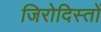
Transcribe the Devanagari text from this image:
जिरोदिस्तों